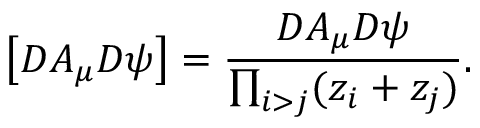
\left[ { \cal D } A _ { \mu } { \cal D } \psi \right] = \frac { { \cal D } A _ { \mu } { \cal D } \psi } { \prod _ { i > j } ( z _ { i } + z _ { j } ) } .